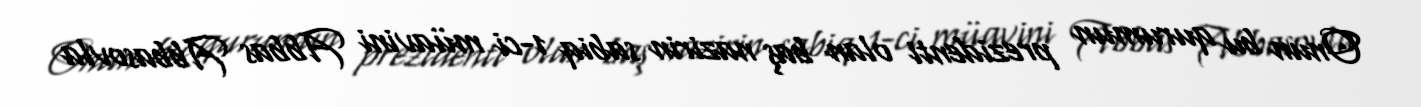
Onun bu qurumun prezidenti olan baş nazirin sabiq 1-ci müavini Abbas Abbasovla